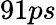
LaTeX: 91ps